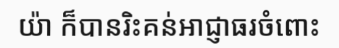
យ៉ា ក៏បានរិះគន់អាជ្ញាធរចំពោះ